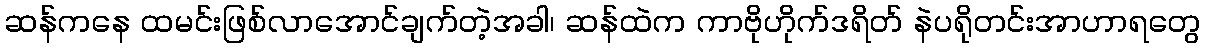
ဆန်ကနေ ထမင်းဖြစ်လာအောင်ချက်တဲ့အခါ၊ ဆန်ထဲက ကာဗိုဟိုက်ဒရိတ် နဲပရိုတင်းအာဟာရတွေ